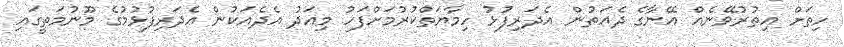
ހިތަށް އިތުރުވޭނެއް އޭނާގެ ދެއަތުން އެދަރިފުޅު ހިމާޔަތްކުރުމަށްފަހު މިއަދު އެދެއަކުން އެދަރިފުޅުމުގެ މޫނުމަތީގައި